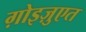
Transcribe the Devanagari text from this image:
ग़ोइज़ुएत